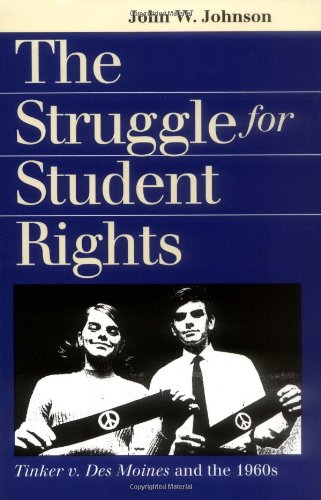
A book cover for The Struggle for Student Rights: Tinker v. Des Moines and the 1960s (Landmark Law Cases and American Society); John W. Johnson; Law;